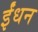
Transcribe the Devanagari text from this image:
र्इंधन